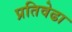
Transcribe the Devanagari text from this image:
प्रतिवेढा